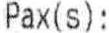
PAX(S):